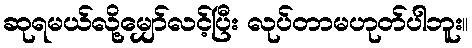
ဆုရမယ်လို့မျှော်လင့်ပြီး လုပ်တာမဟုတ်ပါဘူး။